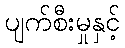
ပျက်စီးမှုနှင့်